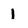
Character: 1